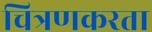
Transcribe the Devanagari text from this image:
चित्रणकरता